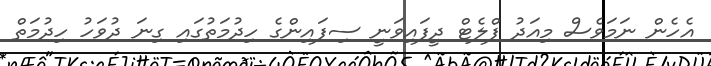
އެހެން ނަމަވެސް މިއަދު ފްލެޓް ދީފައިވަނީ ސިފައިންގެ ހިދުމަތުގައި ގިނަ ދުވަހު ހިދުމަތް